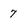
Character: 7